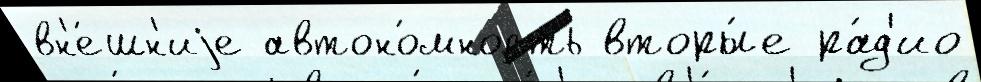
вн'е́шн'иjе автоно́мность вторы́е ра́д'ио